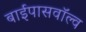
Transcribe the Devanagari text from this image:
बाईपासवॉल्व